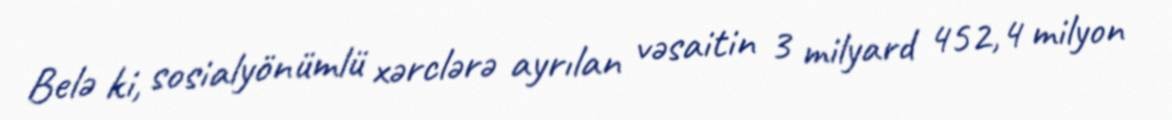
Belə ki, sosialyönümlü xərclərə ayrılan vəsaitin 3 milyard 452,4 milyon